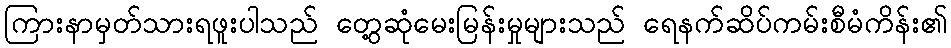
ကြားနာမှတ်သားရဖူးပါသည် တွေ့ဆုံမေးမြန်းမှုများသည် ရေနက်ဆိပ်ကမ်းစီမံကိန်း၏